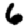
Digit: 6